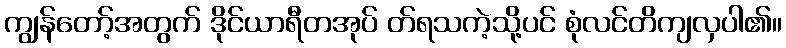
ကျွန်တော့်အတွက် ဒိုင်ယာရီတအုပ် တ်ရသကဲ့သို့ပင် စုံလင်တိကျလှပါ၏။